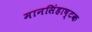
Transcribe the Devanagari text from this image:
मानसिंहाष्टक